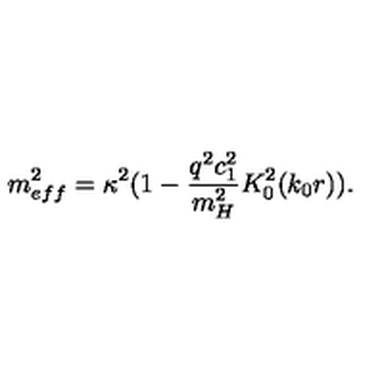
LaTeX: m _ { e f f } ^ { 2 } = \kappa ^ { 2 } ( 1 - \frac { q ^ { 2 } c _ { 1 } ^ { 2 } } { m _ { H } ^ { 2 } } K _ { 0 } ^ { 2 } ( k _ { 0 } r ) ) .